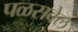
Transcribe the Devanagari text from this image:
पळसवेल